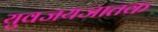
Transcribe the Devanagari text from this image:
युवजयजातक